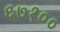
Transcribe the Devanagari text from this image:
६७१००